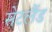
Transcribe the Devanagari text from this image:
सेटलैंड